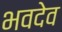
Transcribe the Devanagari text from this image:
भवदेव